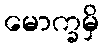
မောက္ခမှိ